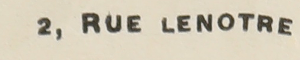
2RUE LENOTRE